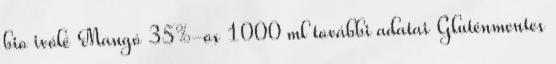
bio ivólé Mangó 35%-os 1000 ml további adatai Gluténmentes